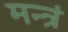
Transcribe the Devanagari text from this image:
मन्त्रं